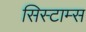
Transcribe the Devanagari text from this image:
सिस्टाम्स